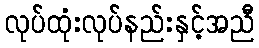
လုပ်ထုံးလုပ်နည်းနှင့်အညီ